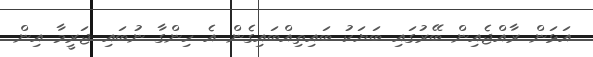
އަޅަން ރާއްޖެއިން ބޭރުގައި ބަޔަކު ބައިތިއްބައިގެން އެ ހިންގާ ނުބައި ޖަރީމާ އިން